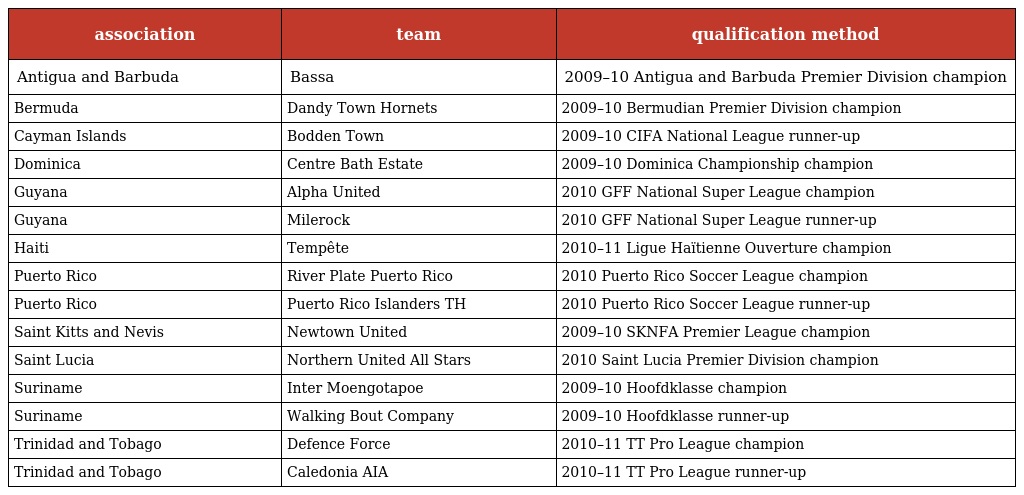
| association | team | qualification method |
 | --- | --- | --- |
 | Antigua and Barbuda | Bassa | 2009–10 Antigua and Barbuda Premier Division champion |
 | Bermuda | Dandy Town Hornets | 2009–10 Bermudian Premier Division champion |
 | Cayman Islands | Bodden Town | 2009–10 CIFA National League runner-up |
 | Dominica | Centre Bath Estate | 2009–10 Dominica Championship champion |
 | Guyana | Alpha United | 2010 GFF National Super League champion |
 | Guyana | Milerock | 2010 GFF National Super League runner-up |
 | Haiti | Tempête | 2010–11 Ligue Haïtienne Ouverture champion |
 | Puerto Rico | River Plate Puerto Rico | 2010 Puerto Rico Soccer League champion |
 | Puerto Rico | Puerto Rico Islanders TH | 2010 Puerto Rico Soccer League runner-up |
 | Saint Kitts and Nevis | Newtown United | 2009–10 SKNFA Premier League champion |
 | Saint Lucia | Northern United All Stars | 2010 Saint Lucia Premier Division champion |
 | Suriname | Inter Moengotapoe | 2009–10 Hoofdklasse champion |
 | Suriname | Walking Bout Company | 2009–10 Hoofdklasse runner-up |
 | Trinidad and Tobago | Defence Force | 2010–11 TT Pro League champion |
 | Trinidad and Tobago | Caledonia AIA | 2010–11 TT Pro League runner-up |